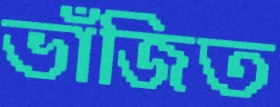
ভাঁজিত